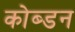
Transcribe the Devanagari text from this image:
कोब्डन